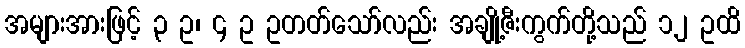
အများအားဖြင့် ၃ ဥ၊ ၄ ဥ ဥတတ်သော်လည်း အချို့ဇီးကွက်တို့သည် ၁၂ ဥထိ